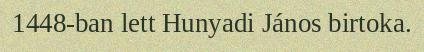
1448-ban lett Hunyadi János birtoka.